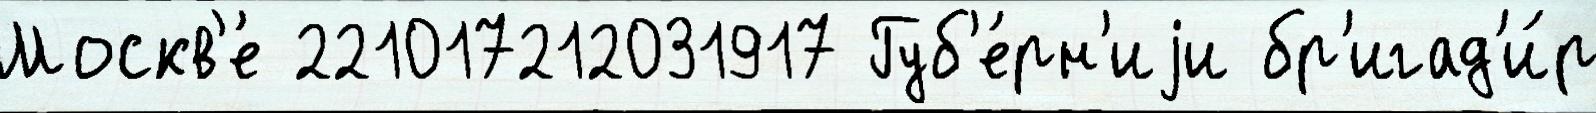
Москв'е́ 221017212031917 Губ'е́рн'иjи бр'игад'и́р